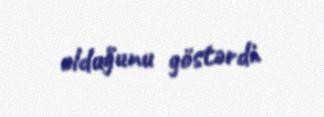
olduğunu göstərdi.